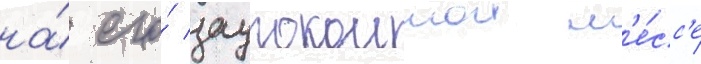
на́ его́ заупокоинои м'е́сс'е